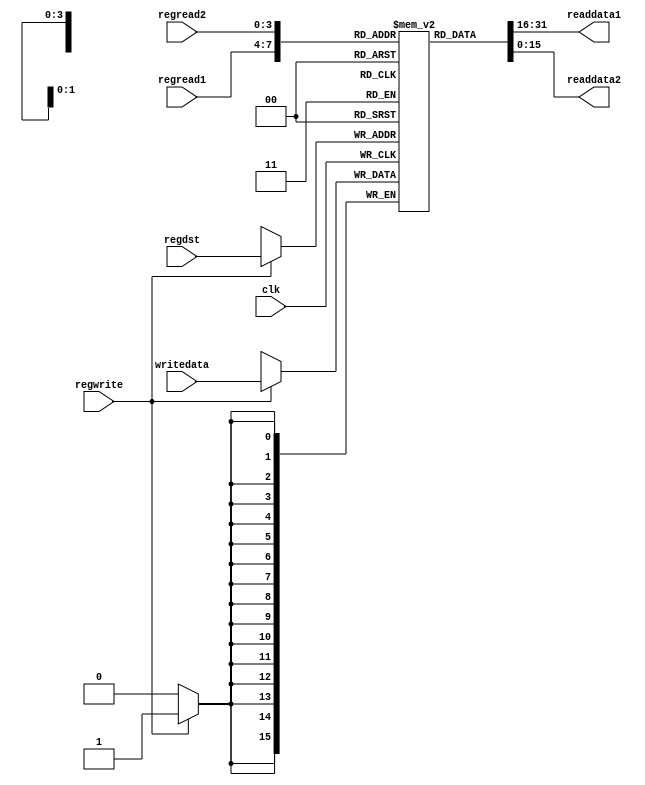
module RegisterFile(
		input clk,
		input regwrite,
		input[3:0] regread1,
		input[3:0] regread2,
		input[3:0] regdst,
		input[15:0] writedata,
		output wire[15:0] readdata1,
		output wire[15:0] readdata2
		);	
					 
	reg[15:0] R[0:15];

	always @(posedge clk)
	begin
		if(regwrite) R[regdst] <= writedata;
	end

	assign readdata1 = R[regread1];
	assign readdata2 = R[regread2];

	
endmodule